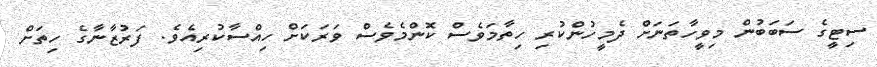
ސިޓީގެ ސަބަބުން މިވީހާތަނަށް ދެމީހުންކުރި ހިތާމަވެސް ކޮންމެވެސް ވަރަކަށް ހިއްސާކުރިއެވެ. ފަރުޒާނާގެ ހިތަށް